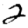
Digit: 2